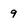
Character: 9